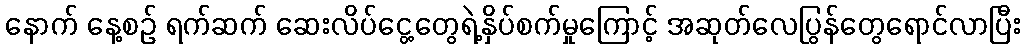
နောက် နေ့စဉ် ရက်ဆက် ဆေးလိပ်ငွေ့တွေရဲ့နှိပ်စက်မှုကြောင့် အဆုတ်လေပြွန်တွေရောင်လာပြီး